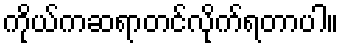
ကိုယ်ကဆရာတင်လိုက်ရတာပါ။